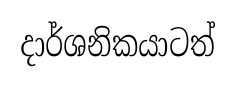
දාර්ශනිකයාටත්